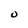
Character: 0